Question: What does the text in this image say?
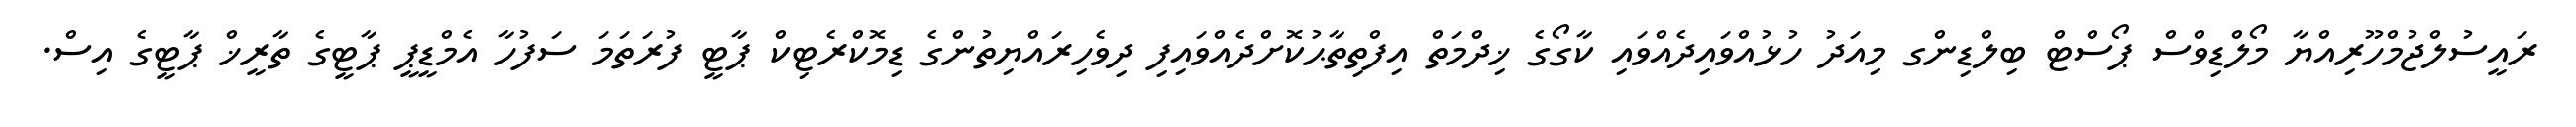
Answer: ރައީސުލްޖުމްހޫރިއްޔާ މޯލްޑިވްސް ޕޯސްޓް ބިލްޑިންގ މިއަދު ހުޅުއްވައިދެއްވައި ކާގޯގެ ޚިދްމަތް އިފްތިތާޙުކޮށްދެއްވައިފި ދިވެހިރައްޔިތުންގެ ޑިމޮކްރެޓިކް ޕާޓީ ފުރަތަމަ ސަފުހާ އެމްޑީޕީ ޕާޓީގެ ތާރީޚް ޕާޓީގެ އިސް.